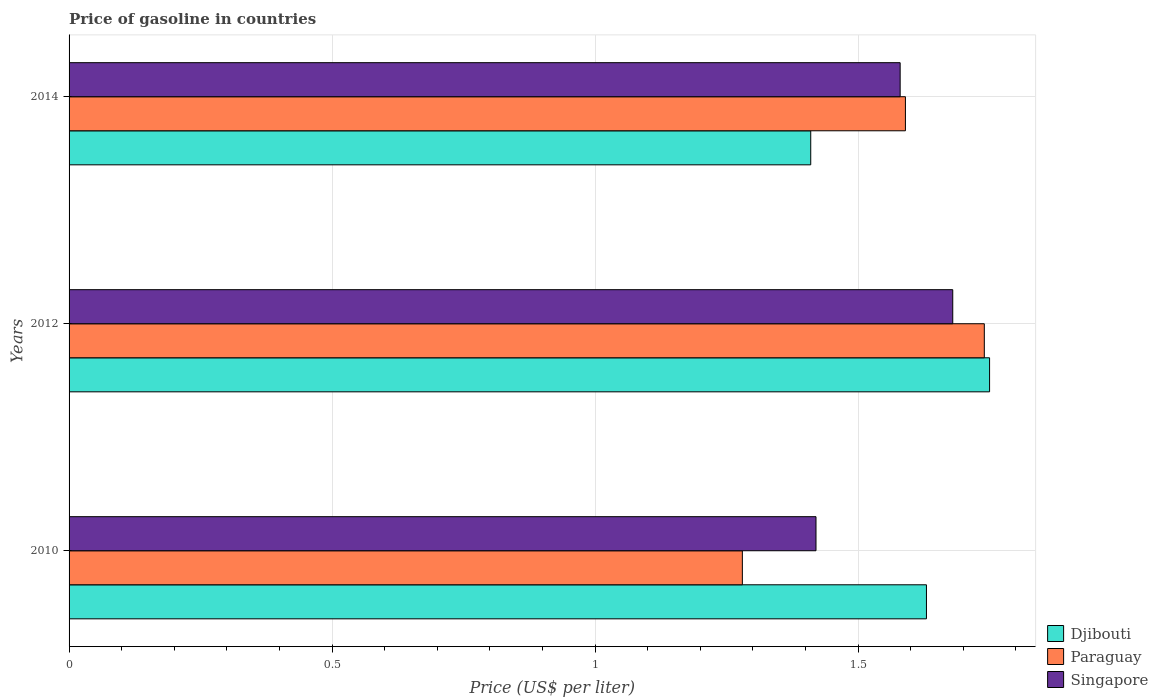
| Years | Djibouti | Paraguay | Singapore |
 | --- | --- | --- | --- |
 | 2010 | 1.63 | 1.28 | 1.42 |
 | 2012 | 1.75 | 1.74 | 1.68 |
 | 2014 | 1.41 | 1.59 | 1.58 |